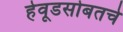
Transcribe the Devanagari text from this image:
हेवूडसोबतचे